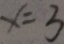
x = 3